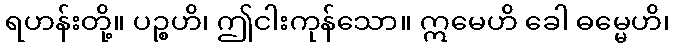
ရဟန်းတို့။ ပဉ္စဟိ၊ ဤငါးကုန်သော။ ဣမေဟိ ခေါ ဓမ္မေဟိ၊